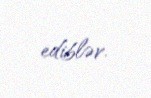
ediblər.